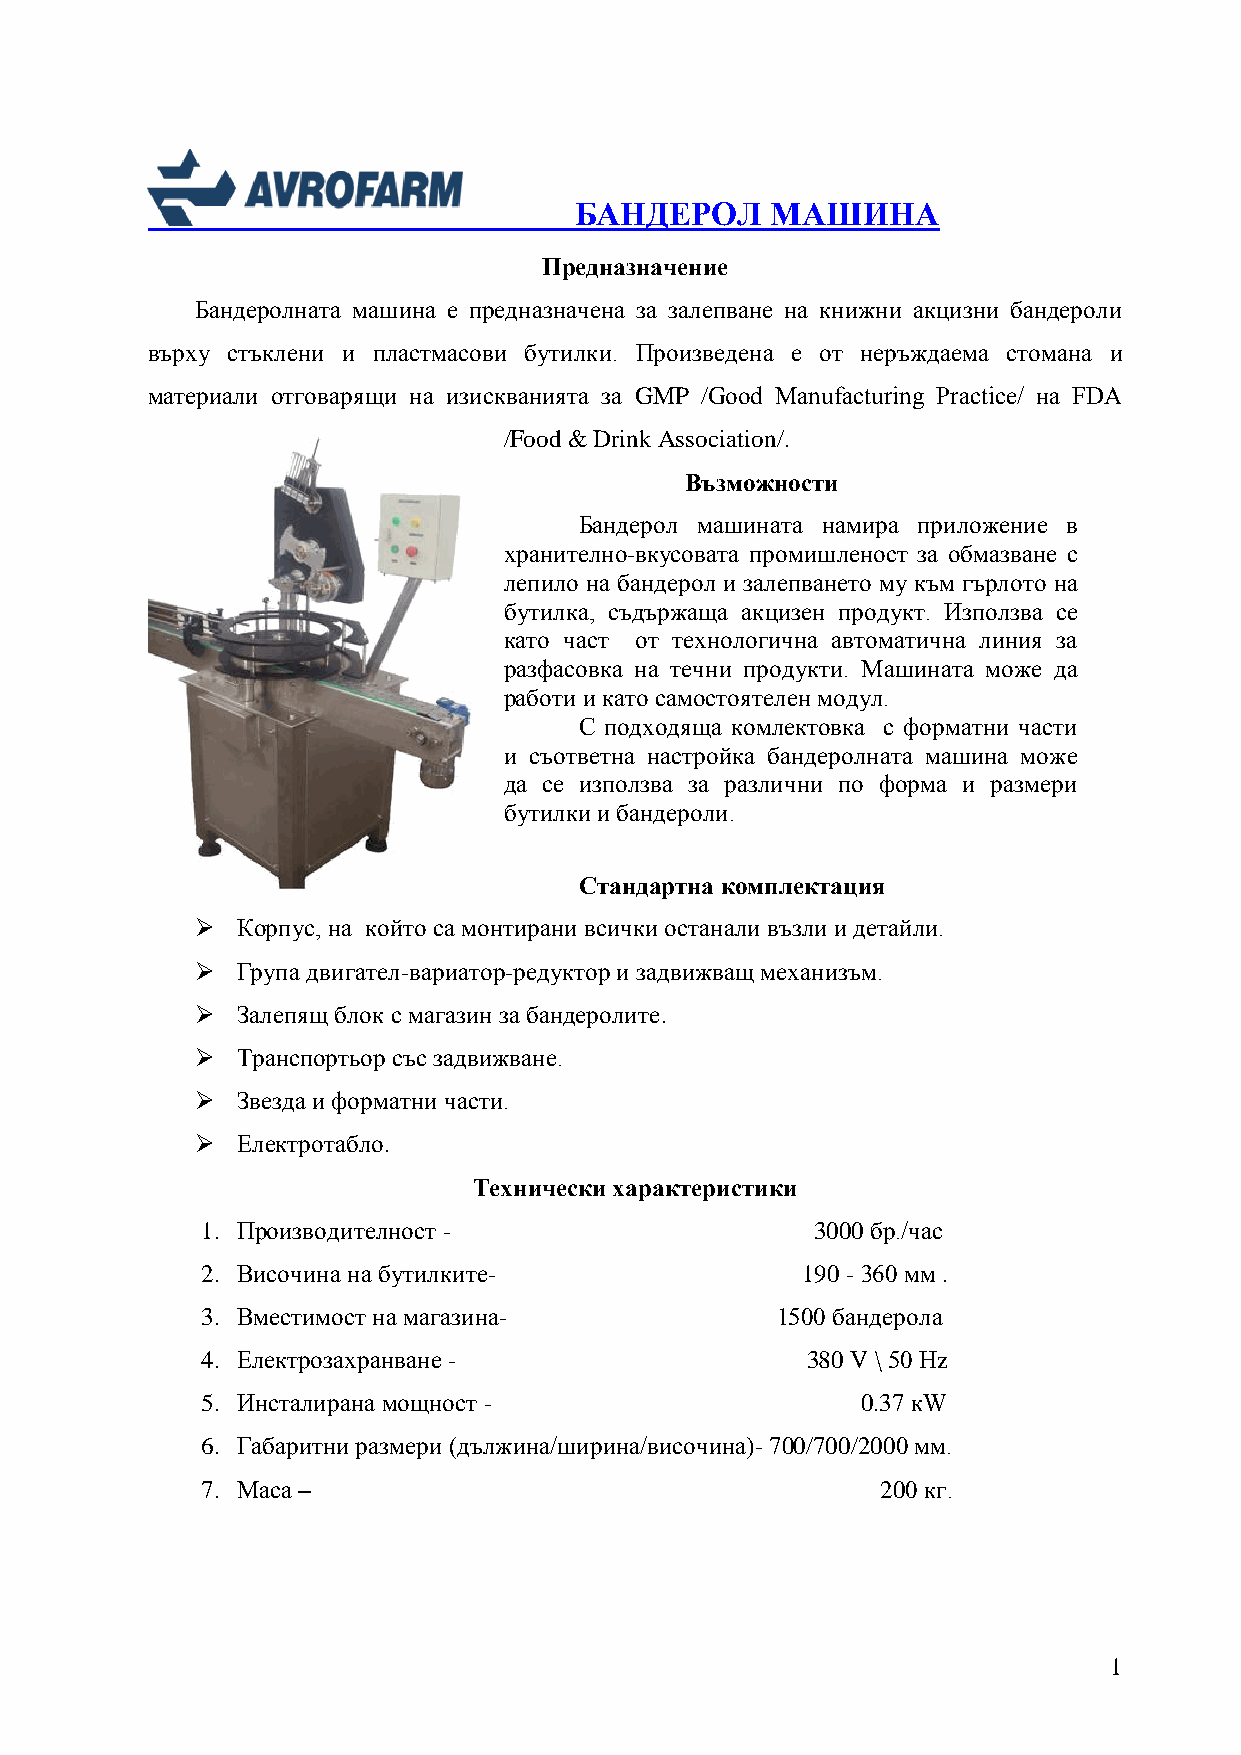
БАНДЕРОЛ     МАШИНА
 Предназначение
 Бандеролната машина е предназначена за залепване на книжни акцизни бандероли
 върху стъклени и пластмасови бутилки. Произведена е от неръждаема стомана и
 материали отговарящи на изискванията за GMP /Good Manufacturing Practice/ на FDA
 /Food & Drink Association/.
 Възможности
 Бандерол машината намира приложение в
 хранително-вкусовата промишленост за обмазване с
 лепило на бандерол и залепването му към гърлото на
 бутилка, съдържаща акцизен продукт. Използва се
 като част от технологична автоматична линия за
 разфасовка на течни продукти. Машината може да
 работи и като самостоятелен модул.
 С подходяща комлектовка с форматни части
 и съответна настройка бандеролната машина може
 да се използва за различни по форма и размери
 бутилки и бандероли.
 Стандартна комплектация
   Корпус, на който са монтирани всички останали възли и детайли.
   Група двигател-вариатор-редуктор и задвижващ механизъм.
   Залепящ блок с магазин за бандеролите.
   Транспортьор със задвижване.
   Звезда и форматни части.
   Електротабло.
 Технически характеристики
 1. Производителност -                    3000 бр./час
 2. Височина на бутилките-               190 - 360 мм .
 3. Вместимост на магазина-            1500 бандерола
 4. Електрозахранване -                  380 V \ 50 Нz
 5. Инсталирана мощност -                    0.37 кW
 6. Габаритни размери (дължина/ширина/височина)- 700/700/2000 мм.
 7. Маса –                                    200 кг.
 1